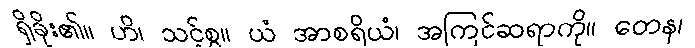
ရှိခိုး၏။ ဟိ၊ သင့်စွ။ ယံ အာစရိယံ၊ အကြင်ဆရာကို။ တေန၊